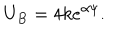
U _ { B } = 4 k e ^ { \alpha \psi } .